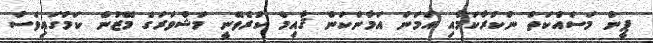
ޕީން މަސައްކަތް ނުކުރާކަމާއި އަމަން އަމާންކަން ޤާއިމް ކުރެވޭނީ މަޝްވަރަގެ މޭޒުން ކަމުގައިވެސް